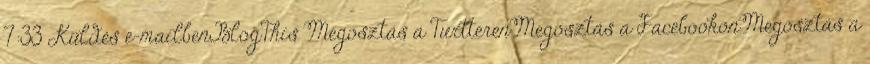
7:33 Küldés e-mailbenBlogThis Megosztás a TwitterenMegosztás a FacebookonMegosztás a